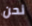
نحن